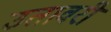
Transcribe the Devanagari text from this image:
उतावरी